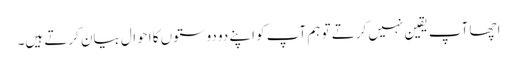
اچھا آپ یقین نہیں کرتے تو ہم آپ کو اپنے دو دوستوں کا احوال بیان کرتے ہیں۔